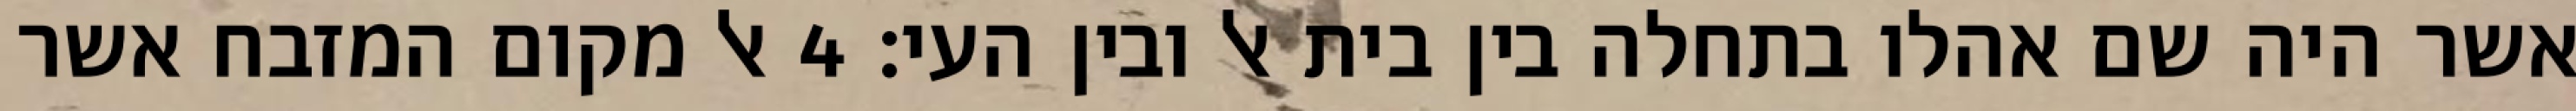
אשר היה שם אהלו בתחלה בין בית אל ובין העי׃ ‎4‏ אל מקום המזבח אשר